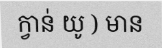
ក្វាន់ យូ ) មាន